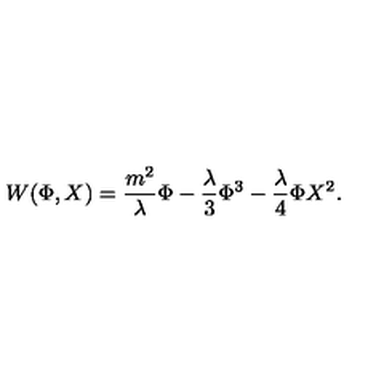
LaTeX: W ( \Phi , X ) = \frac { m ^ { 2 } } { \lambda } \Phi - \frac { \lambda } { 3 } \Phi ^ { 3 } - \frac { \lambda } { 4 } \Phi X ^ { 2 } .